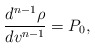
\begin{align*} \frac{d^{n-1}\rho}{dv^{n-1}}=P_0,\end{align*}